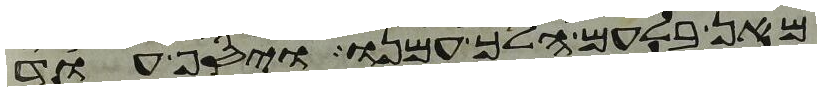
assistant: מאן בלעם הלך עמנו ויסף עוד